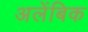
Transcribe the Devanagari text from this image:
अलेंबिक